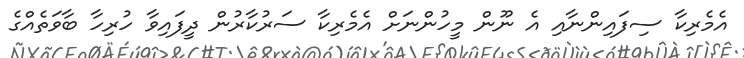
އެމެރިކާ ސިފައިންނާއި އެ ނޫން މީހުންނަށް އެމެރިކާ ސަރުކާރުން ދީފައިވާ ހުރިހާ ބާވަތެއްގެ